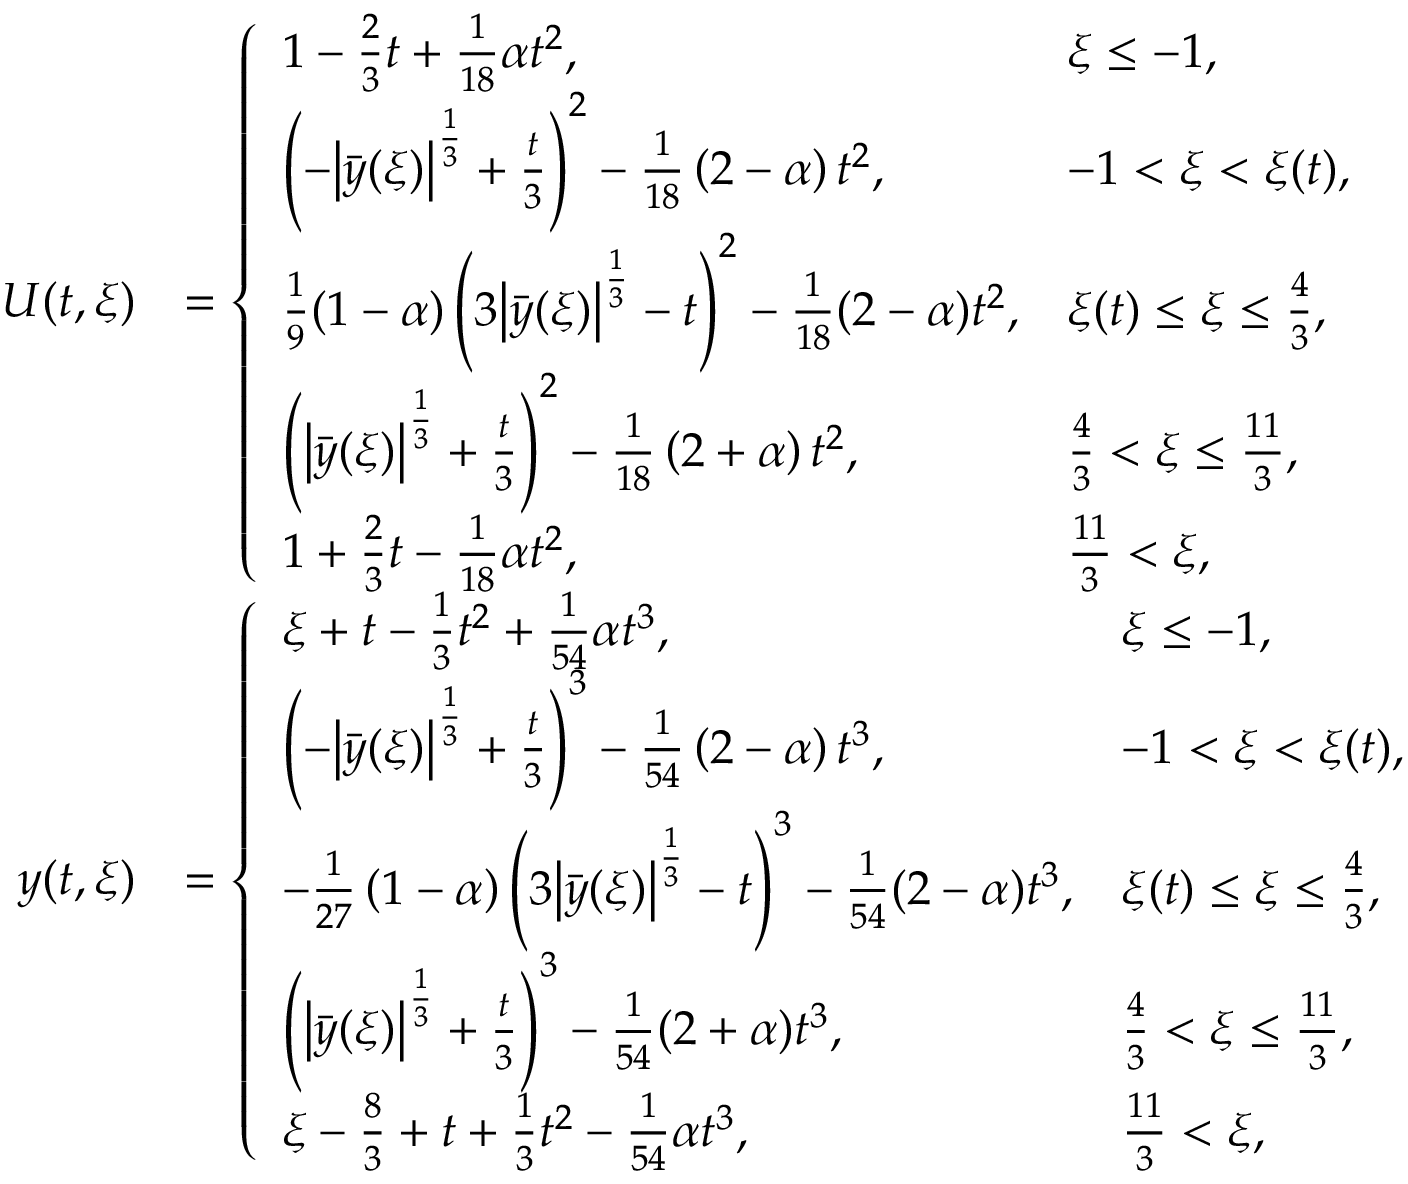
\begin{array} { r l } { U ( t , \xi ) } & { = \left\{ \begin{array} { l l } { 1 - \frac 2 3 t + \frac { 1 } { 1 8 } \alpha t ^ { 2 } , } & { \xi \leq - 1 , } \\ { \left( - \bigl | \bar { y } ( \xi ) \bigr | ^ { \frac { 1 } { 3 } } + \frac { t } { 3 } \right) ^ { 2 } - \frac { 1 } { 1 8 } \left( 2 - \alpha \right) t ^ { 2 } , } & { - 1 < \xi < \xi ( t ) , } \\ { \frac { 1 } { 9 } ( 1 - \alpha ) \left( 3 \bigl | \bar { y } ( \xi ) \bigr | ^ { \frac { 1 } { 3 } } - t \right) ^ { 2 } - \frac { 1 } { 1 8 } ( 2 - \alpha ) t ^ { 2 } , } & { \xi ( t ) \leq \xi \leq \frac { 4 } { 3 } , } \\ { \left( \bigl | \bar { y } ( \xi ) \bigr | ^ { \frac { 1 } { 3 } } + \frac { t } { 3 } \right) ^ { 2 } - \frac { 1 } { 1 8 } \left( 2 + \alpha \right) t ^ { 2 } , } & { \frac { 4 } { 3 } < \xi \leq \frac { 1 1 } { 3 } , } \\ { 1 + \frac 2 3 t - \frac { 1 } { 1 8 } \alpha t ^ { 2 } , } & { \frac { 1 1 } { 3 } < \xi , } \end{array} \right. } \\ { y ( t , \xi ) } & { = \left\{ \begin{array} { l l } { \xi + t - \frac 1 3 t ^ { 2 } + \frac { 1 } { 5 4 } \alpha t ^ { 3 } , } & { \xi \leq - 1 , } \\ { \left( - \bigl | \bar { y } ( \xi ) \bigr | ^ { \frac { 1 } { 3 } } + \frac { t } { 3 } \right) ^ { 3 } - \frac { 1 } { 5 4 } \left( 2 - \alpha \right) t ^ { 3 } , } & { - 1 < \xi < \xi ( t ) , } \\ { - \frac { 1 } { 2 7 } \left( 1 - \alpha \right) \left( 3 \bigl | \bar { y } ( \xi ) \bigr | ^ { \frac { 1 } { 3 } } - t \right) ^ { 3 } - \frac { 1 } { 5 4 } ( 2 - \alpha ) t ^ { 3 } , } & { \xi ( t ) \leq \xi \leq \frac { 4 } { 3 } , } \\ { \left( \bigl | \bar { y } ( \xi ) \bigr | ^ { \frac { 1 } { 3 } } + \frac { t } { 3 } \right) ^ { 3 } - \frac { 1 } { 5 4 } ( 2 + \alpha ) t ^ { 3 } , } & { \frac { 4 } { 3 } < \xi \leq \frac { 1 1 } { 3 } , } \\ { \xi - \frac 8 3 + t + \frac 1 3 t ^ { 2 } - \frac { 1 } { 5 4 } \alpha t ^ { 3 } , } & { \frac { 1 1 } { 3 } < \xi , } \end{array} \right. } \end{array}